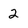
Character: 2